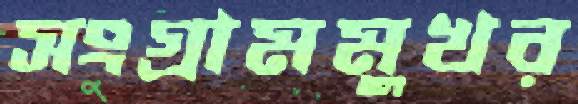
সংগ্রামমুখর